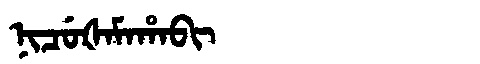
Manchu: ᠨᡳᠴᡠᡧᠠᠮᠠᡥᠠᠪᡳ
Romanization: NICUŠAMAHABI